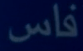
فاس